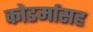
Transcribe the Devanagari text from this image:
कोडर्मासह